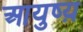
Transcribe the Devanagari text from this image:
आयुष्य़